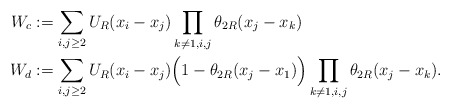
\begin{align*}W_c &:= \sum_{i,j \ge 2} U_R(x_i-x_j) \prod_{k\ne 1,i,j} \theta_{2R} (x_j-x_k) \\W_d &:= \sum_{i,j \ge 2} U_R(x_i-x_j) \Big(1-\theta_{2R}(x_j-x_1)\Big) \prod_{k\ne 1,i,j} \theta_{2R} (x_j-x_k) .\end{align*}